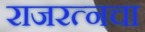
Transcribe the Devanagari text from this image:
राजरत्‍नचा